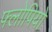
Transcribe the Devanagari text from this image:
फ्लोपियों